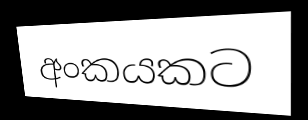
අංකයකට